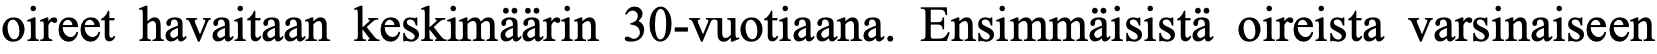
oireet havaitaan keskimäärin 30-vuotiaana. Ensimmäisistä oireista varsinaiseen